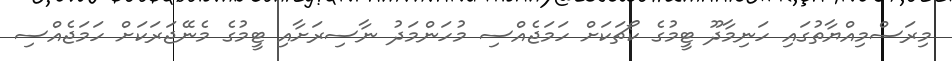
މިރަސްމިއްޔާތުގައި ހަނިމާދޫ ޓީމުގެ ކޯޗަކަށް ހަމަޖެއްސި މުހަންމަދު ނާސިރަށާއި ޓީމުގެ މެނޭޖަރަކަށް ހަމަޖެއްސި